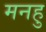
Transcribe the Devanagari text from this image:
मनहु